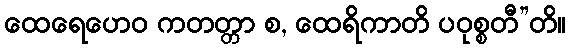
ထေရေဟေဝ ကတတ္တာ စ, ထေရိကာတိ ပဝုစ္စတီ”တိ။